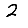
Digit: 2